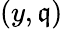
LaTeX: (y,\mathfrak{q})